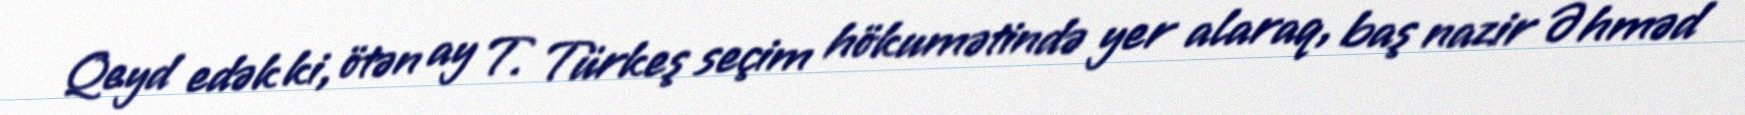
Qeyd edək ki, ötən ay T. Türkeş seçim hökumətində yer alaraq, baş nazir Əhməd